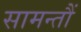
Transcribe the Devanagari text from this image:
सामन्तौं